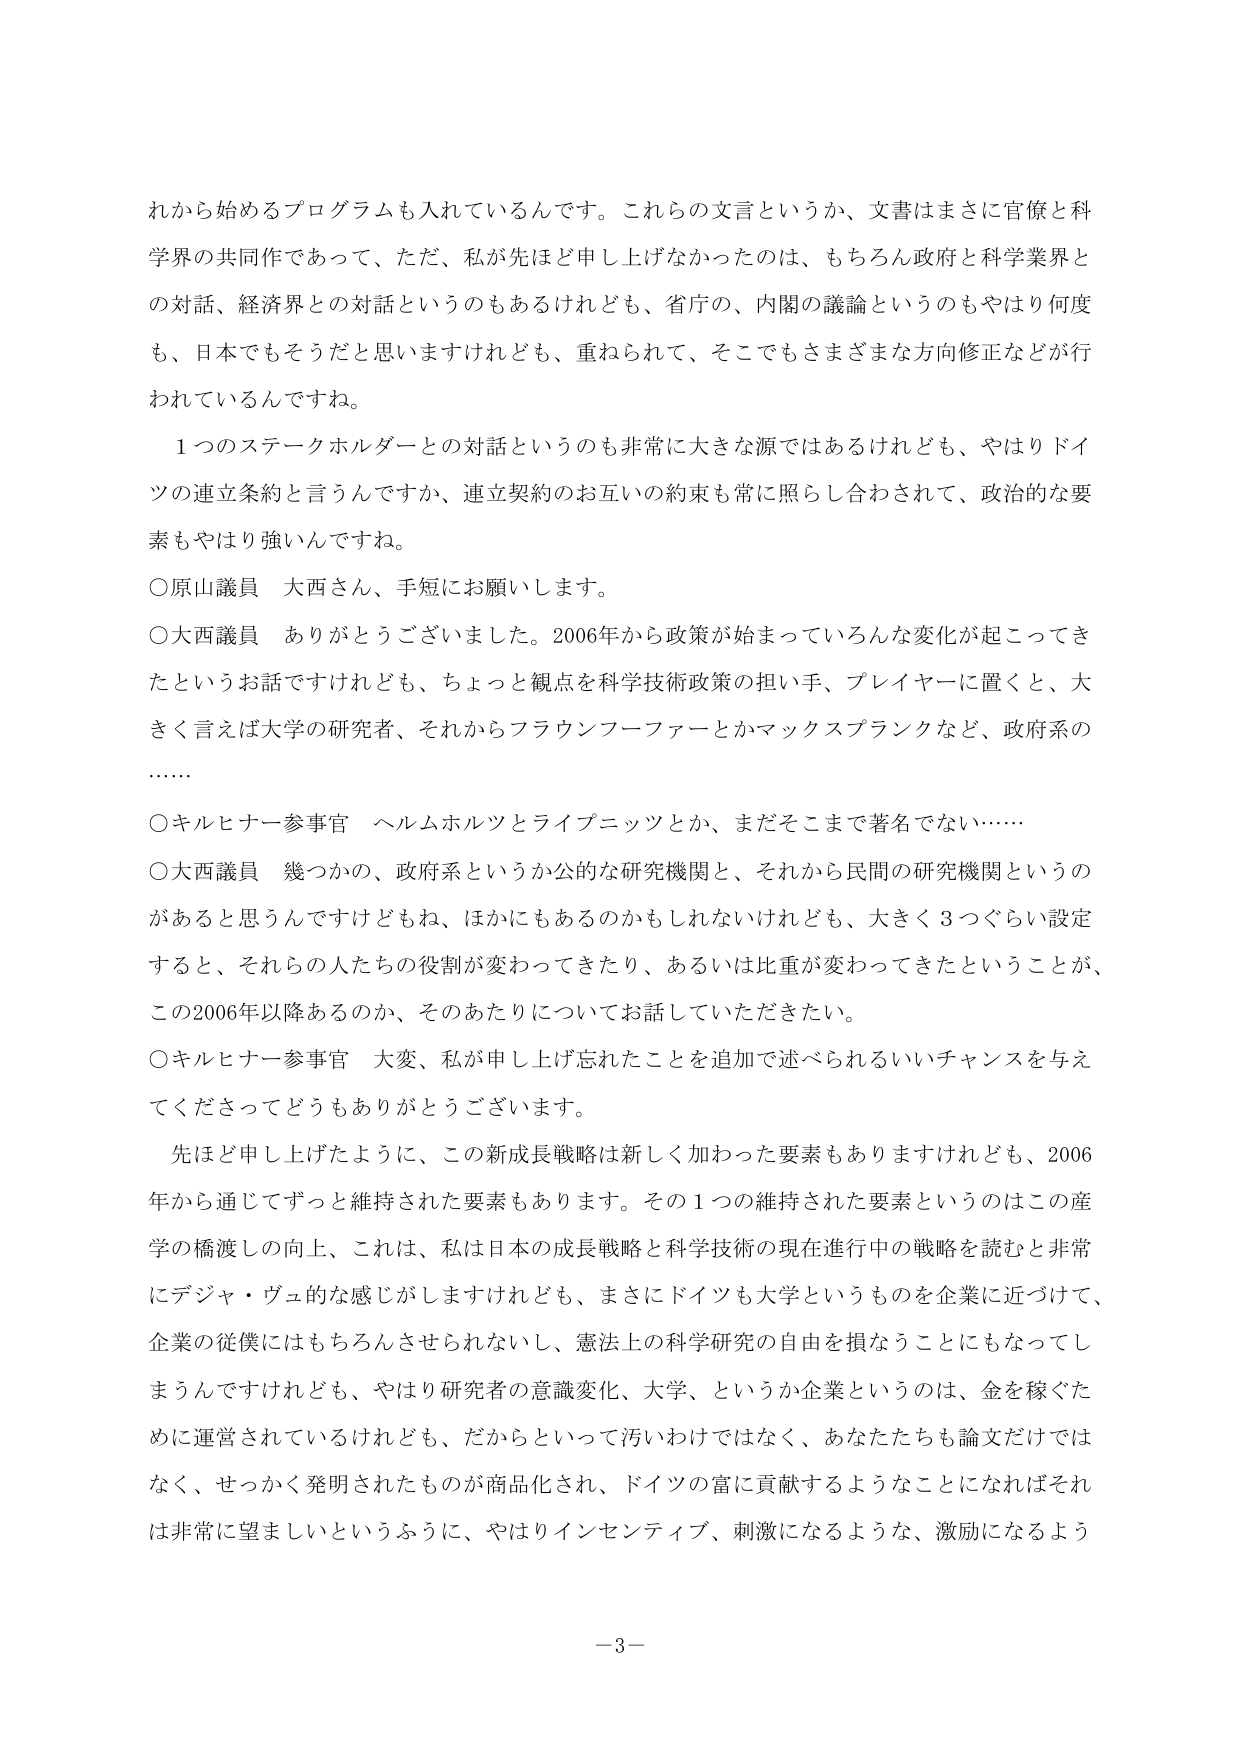
れから始めるプログラムも入れているんです。これらの文言というか、文書はまさに官僚と科学界の共同作であって、ただ、私が先ほど申し上げなかったのは、もちろん政府と科学業界との対話、経済界との対話というのもあるけれども、省庁の、内閣の議論というのもやはり何度も、日本でもそうだと思いますけれども、重ねられて、そこでもさまざまな方向修正などが行われているんですね。

１つのステークホルダーとの対話というのも非常に大きな源ではあるけれども、やはりドイツの連立条約と言うんですか、連立契約のお互いの約束も常に照らし合わせられて、政治的な要素もやはり強いんですね。

○原山議員　大西さん、手短にお願いします。

○大西議員　ありがとうございました。2006年から政策が始まっていろんな変化が起こってきたというお話ですけれども、ちょっと観点を科学技術政策の担い手、プレイヤーに置くと、大きく言えば大学の研究者、それからフラウンフーファーとかマックスプランクなど、政府系の……

○キルヒナー参事官　ヘルムホルツとライプニッツとか、まだそこまで著名でない……

○大西議員　幾つかの、政府系というか公的な研究機関と、それから民間の研究機関というのがあると思うんですけどもね、ほかにもあるのかもしれないけれども、大きく３つぐらい設定すると、それらの人たちの役割が変わってきたり、あるいは比重が変わってきたということが、この2006年以降あるのか、そのあたりについてお話していただきたい。

○キルヒナー参事官　大変、私が申し上げ忘れたことを追加で述べられるいいチャンスを与えてくださってどうもありがとうございます。

先ほど申し上げたように、この新成長戦略は新しく加わった要素もありますけれども、2006年から通じてずっと維持された要素もあります。その１つの維持された要素というのはこの産学の橋渡しの向上、これは、私は日本の成長戦略と科学技術の現在進行中の戦略を読むと非常にデジャ・ヴュ的な感じがしますけれども、まさにドイツも大学というものを企業に近づけて、企業の従僕にはもちろんさせられないし、憲法上の科学研究の自由を損なうことにもなってしまうんですけども、やはり研究者の意識変化、大学、というか企業というのは、金を稼ぐために運営されているけれども、だからといって汚いわけではなく、あなたたちも論文だけではなく、せっかく発明されたものが商品化され、ドイツの富に貢献するようなことになればそれは非常に望ましいというふうに、やはりインセンティブ、刺激になるような、激励になるよう

－3－